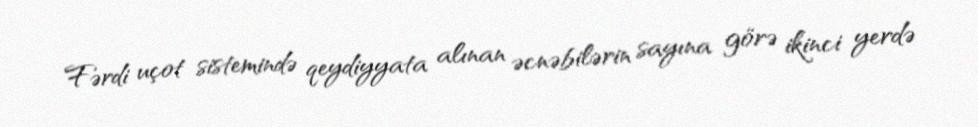
Fərdi uçot sistemində qeydiyyata alınan əcnəbilərin sayına görə ikinci yerdə